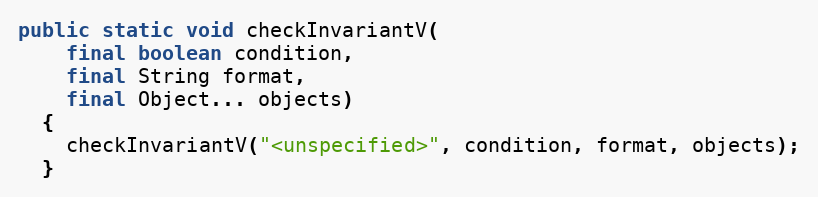
Language: Java
public static void checkInvariantV(
    final boolean condition,
    final String format,
    final Object... objects)
  {
    checkInvariantV("<unspecified>", condition, format, objects);
  }